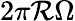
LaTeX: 2\pi\mathcal{R}\Omega